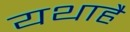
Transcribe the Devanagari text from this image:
यथाहै